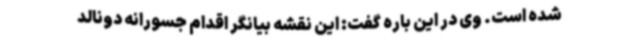
شده است. وی در این باره گفت: این نقشه بیانگر اقدام جسورانه دونالد